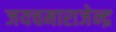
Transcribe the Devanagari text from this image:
जयचमाराजेन्द्र